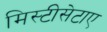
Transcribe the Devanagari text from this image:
मिस्टीसेटाए